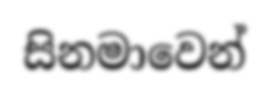
සිනමාවෙන්